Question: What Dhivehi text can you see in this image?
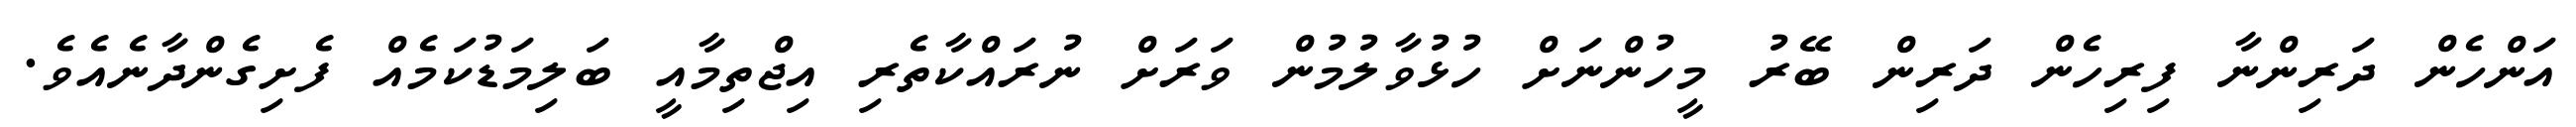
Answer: އަންހެން ދަރިންނާ ފިރިހެން ދަރިން ބޭރު މީހުންނަށް ހުޅުވާލުމުން ވަރަށް ނުރައްކާތެރި އިޖްތިމާއީ ބަލިމަޑުކަމެއް ފެށިގެންދާނެއެވެ.